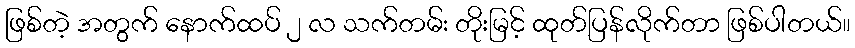
ဖြစ်တဲ့ အတွက် နောက်ထပ် ၂ လ သက်တမ်း တိုးမြင့် ထုတ်ပြန်လိုက်တာ ဖြစ်ပါတယ်။